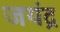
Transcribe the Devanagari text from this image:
जयंद्र